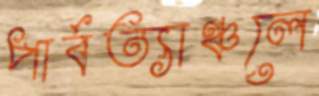
পার্বত্যাঞ্চলে